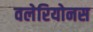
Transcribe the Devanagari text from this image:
वलेरियोनस